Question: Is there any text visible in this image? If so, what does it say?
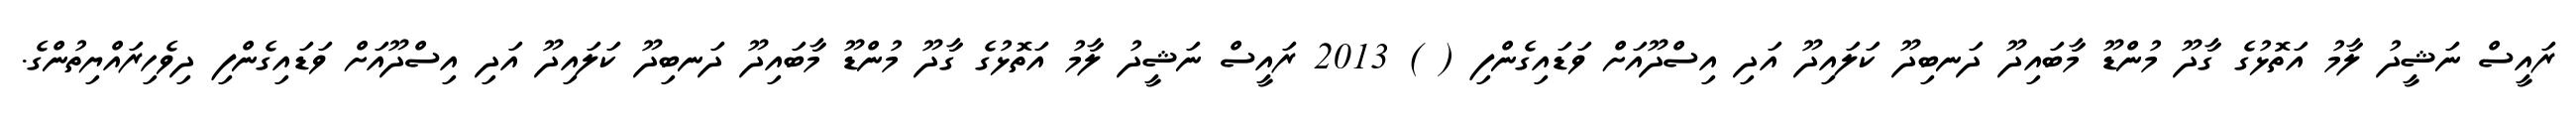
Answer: ރައީސް ނަޝީދު ލާމު އަތޮޅުގެ ގާދޫ މުންޑޫ މާބައިދޫ ދަނބިދޫ ކަލައިދޫ އަދި އިސްދޫއަށް ވަޑައިގެންފި ( ) 2013 ރައީސް ނަޝީދު ލާމު އަތޮޅުގެ ގާދޫ މުންޑޫ މާބައިދޫ ދަނބިދޫ ކަލައިދޫ އަދި އިސްދޫއަށް ވަޑައިގެންފި ދިވެހިރައްޔިތުންގެ.